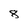
Character: 8